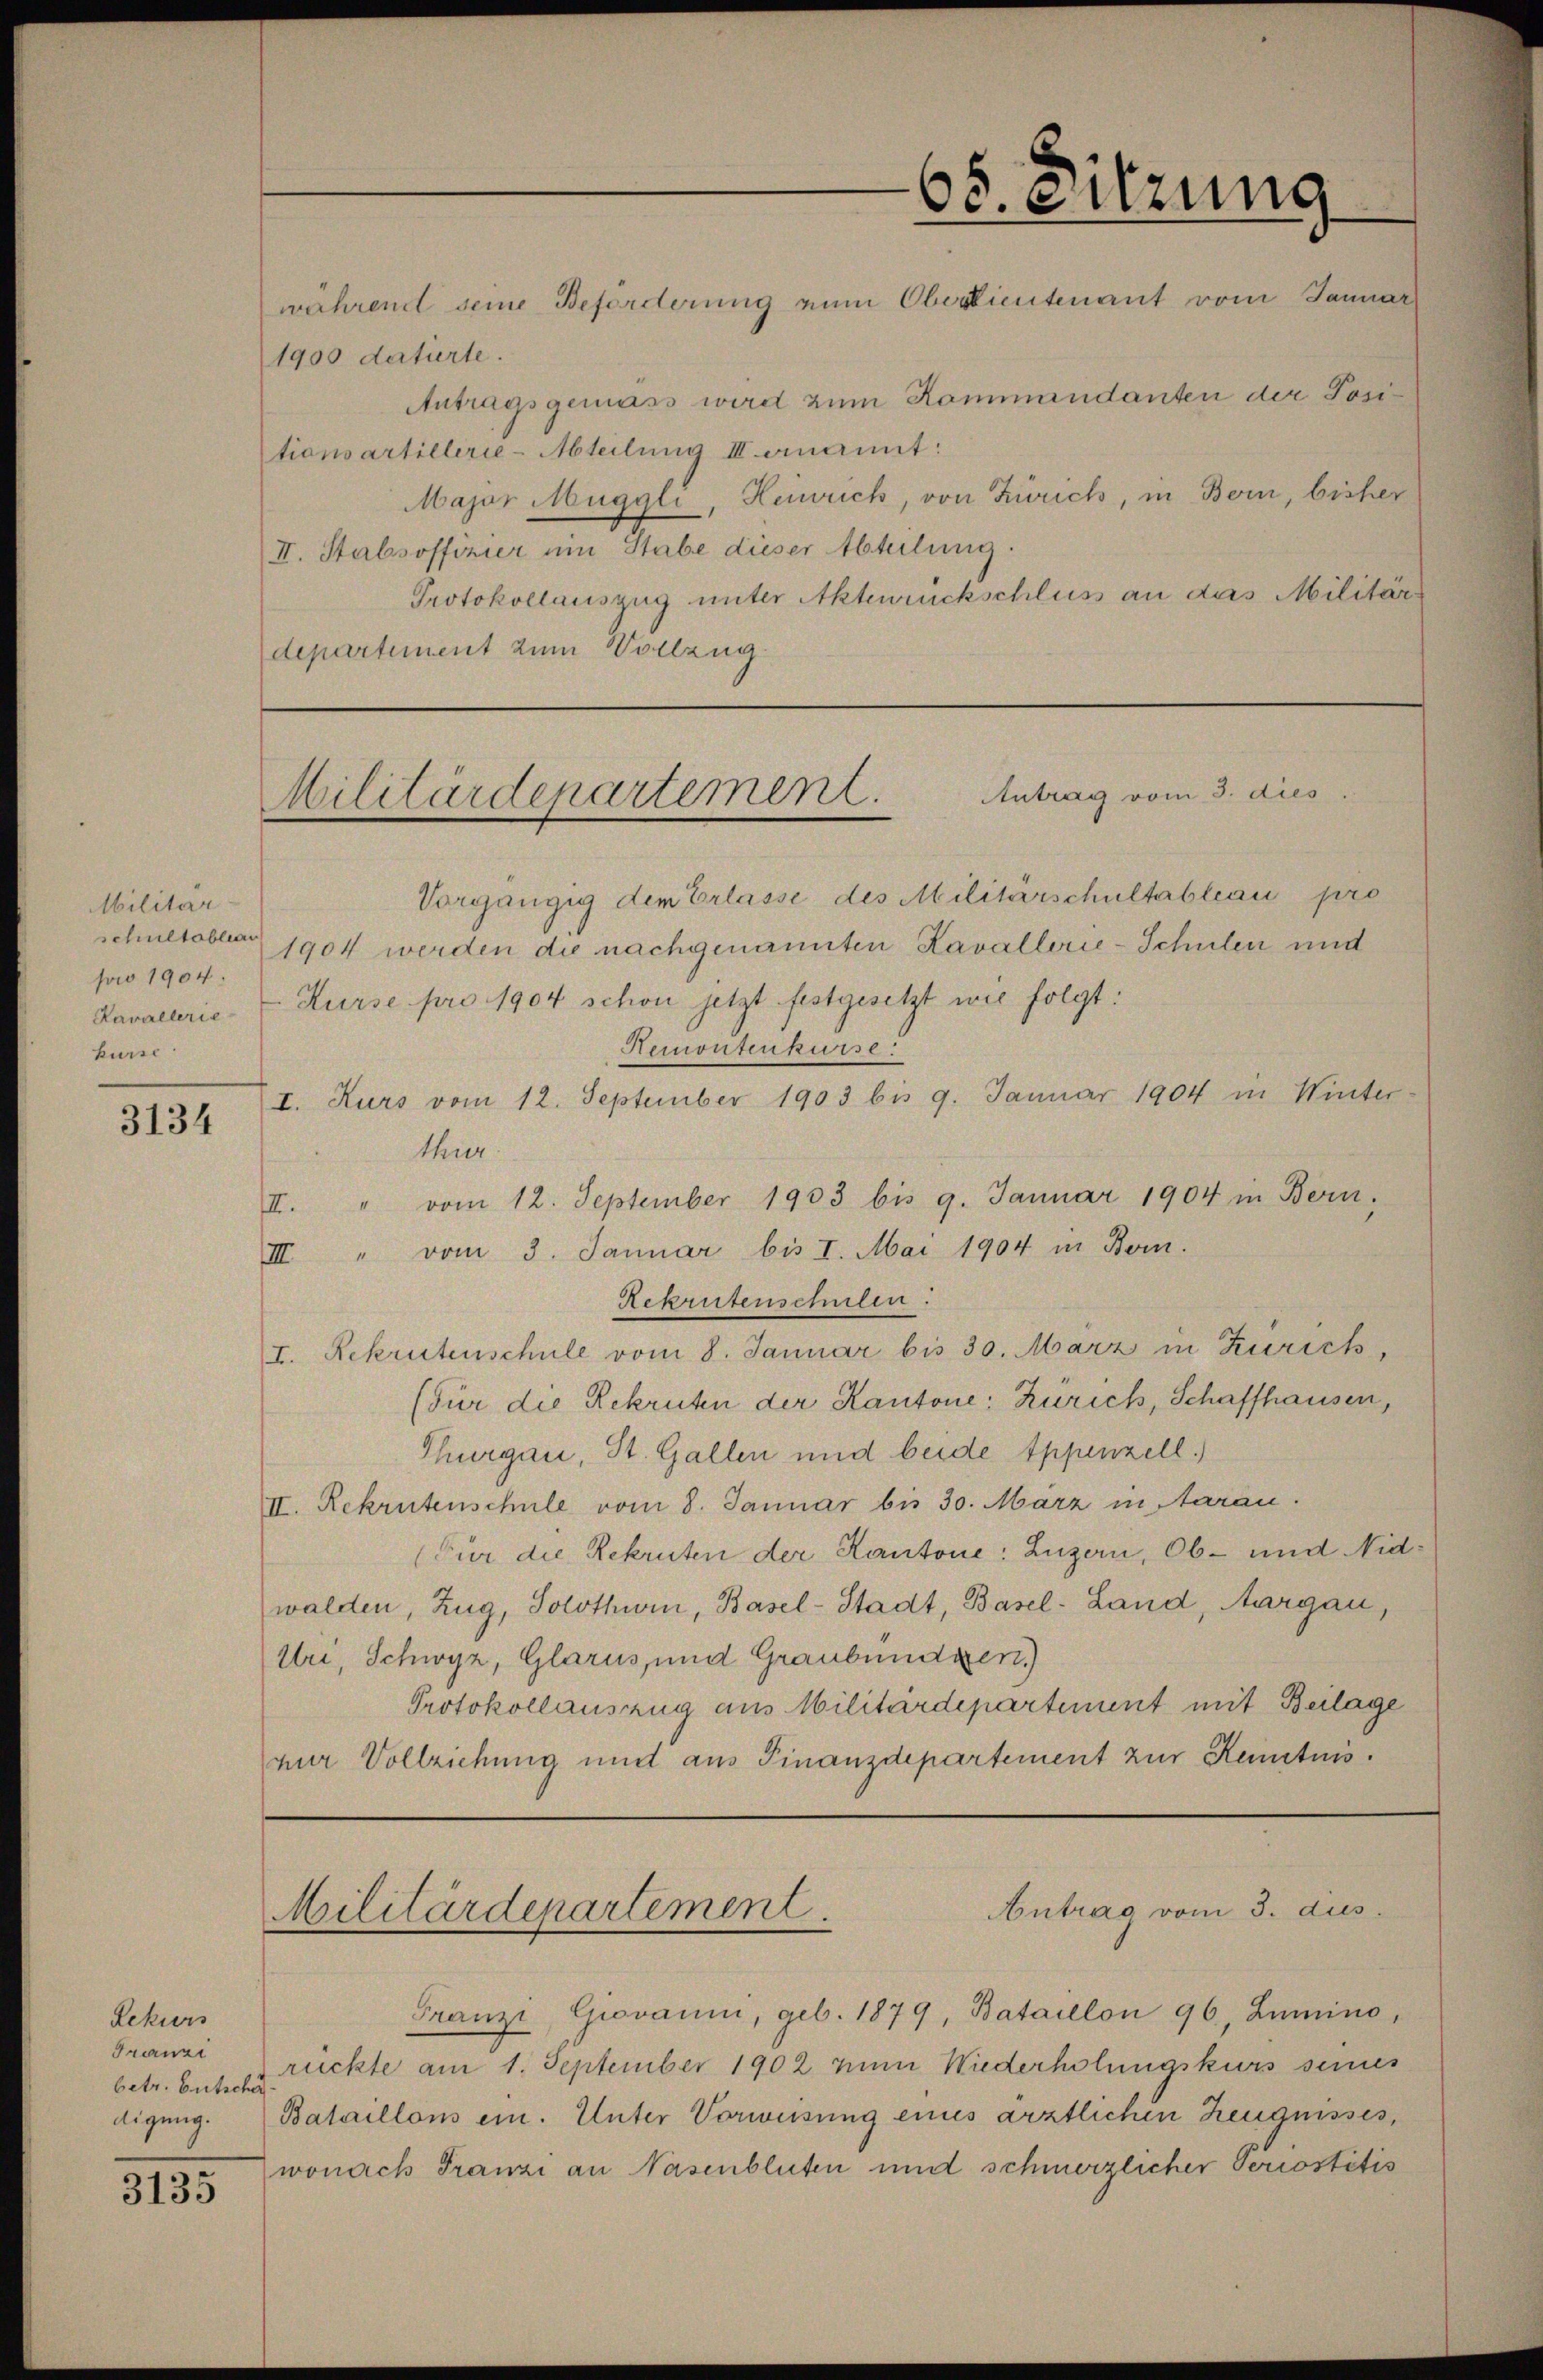
Militär-
schultableau
pro 1904.
Kavallerie-
kurse

3134

Rekurs
Franzi
betr. Entsche
digung.

3135

1900 datierte.
tionsartillerie-Abteilung III enannt:
II. Stabsoffizier um Stabe dieser Abteilung.
Protokollauszug unter Aktenrückschluss an das Militär
departement zum Vollzug.

68. Sitzung
wahrend seine Beforderung ein Oberdientenant vom Januar
Antragsgemäss wird zum Kommandanten der Posi¬
Major Muggli, Heinrich, von Zürich, in Bern, bisher

Antrag vom 3. dies
Militärdepartement.

Antrag vom 3. dus.
Militärdepartement

Vorgängig dem Erlasse des Militärschultableau pro
1904 werden die nachgenannten Kavallerie-Schulen und
Kurse pro 1904 schon jetzt festgesetzt wie folgt:
Remontenkurse
I. Kurs vom 12. September 1903 bis 9. Januar 1904 in Winter-
thur
II. " vom 12. September 1933 bis 9. Januar 1904 in Bern.
III " vom 3. Januar bis 1. Mai 1904 in Bern.
Rekrutenschulen:
I. Rekrutenschule vom 8. Januar bis 30. März in Zürich,
(Für die Rekruten der Kantone: Zürich, Schaffhausen,
Thurgau, St. Gallen und beide Appenzell.)
II. Rekrutenschule vom 8. Januar bis 30. März in Aarau
(Für die Rekruten der Kantone: Luzern, Ob- und Nidwalden, Zug, Solothurn, Basel-Stadt, Basel-Land, Aargau,
Uri, Schwyz, Glarus, und Graubünden.)
Protokollauszug aus Militärdepartement mit Beilage
zur Vollziehung und aus Finanzdepartement zur Kenntnis.

Franzi, Giovanni, geb. 1879, Bataillon 96, Lumino,
rückte am 1. September 1902 nun Wiederholungskurs seines
Bataillons ein. Unter Vorweisung eines ärztlichen Zeugnisses,
wonach Franzi an Nasenbluten und schmerzlicher Periostitis